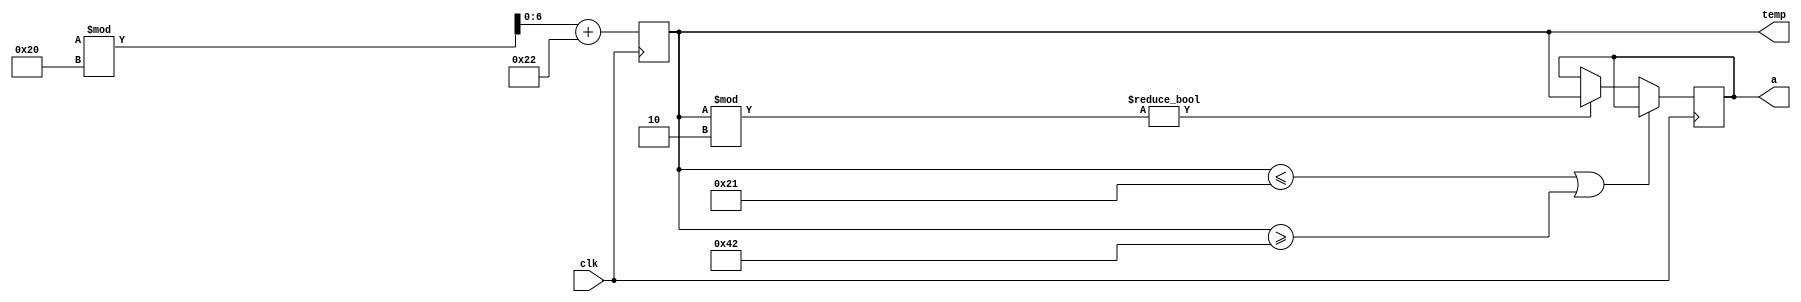
module random_odd_range_test (
				input clk,
				output reg [6:0] a,temp);
parameter underflow=7'd33, overflow=7'd66;
				
always@(posedge clk)
begin

	temp <= ({$random}%32)+34;		//generating positive values from 0 to 31 and then adding 34
	if(temp <= underflow || temp >= overflow)
			$display("Not within range");
	else if (temp %2 != 0)
			a<= temp;
end
endmodule